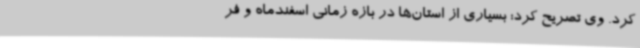
کرد. وی تصریح کرد: بسیاری از استان‌ها در بازه زمانی اسفندماه و فر